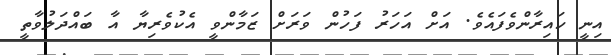
އިނީ ހައިރާންވެފައެވެ. އަށް އަހަރު ފަހުން ވަރަށް ޒަމާންވީ އެކުވެރިޔާ އާ ބައްދަލުވާތީ